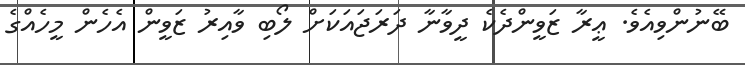
ބޭނުންވިއެވެ. ޢީރާ ޒަވީންދެކެ ދީވާނާ ދަރަޖައަކަށް ލޯބި ވާއިރު ޒަވީން އެހެން މީހެއްގެ